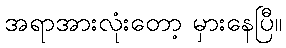
အရာအားလုံးတော့ မှားနေပြီ။